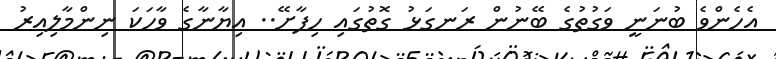
އެހެންވެ ބުނަނީ ވަގުތުގެ ބޭނުން ރަނގަޅު ގޮތުގައި ހިފާށޭ.. އިޔާނާގެ ވާހަކަ ނިންމާލިއިރު